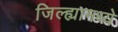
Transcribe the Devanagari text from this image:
जिल्‍ह्यामध्ये